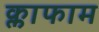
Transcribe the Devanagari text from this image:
क्लाफाम